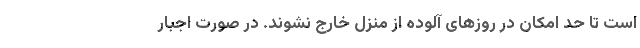
است تا حد امکان در روزهای آلوده از منزل خارج نشوند. در صورت اجبار